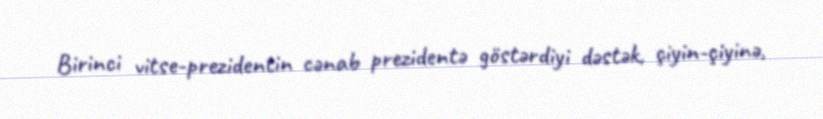
Birinci vitse-prezidentin cənab prezidentə göstərdiyi dəstək, çiyin-çiyinə,